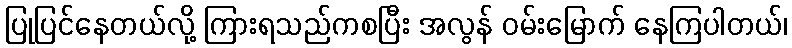
ပြုပြင်နေတယ်လို့ ကြားရသည်ကစပြီး အလွန် ဝမ်းမြောက် နေကြပါတယ်၊